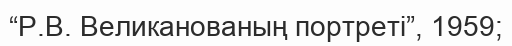
“Р.В. Великанованың портреті”, 1959;